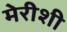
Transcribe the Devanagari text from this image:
मेरीशी